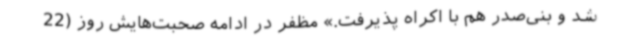
شد و بنی‌صدر هم با اکراه پذیرفت.» مظفر در ادامه صحبت‌هایش روز (22